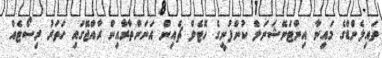
ތައިލެންޑްގެ މައިނާ އިންޓަނޭޝަނަލް ކުންފުނީގެ ހޮޓެލް ޗެއިން އަނަންތާރާއިން ރާއްޖޭގައި ހަތަރު ރިސޯޓެއް